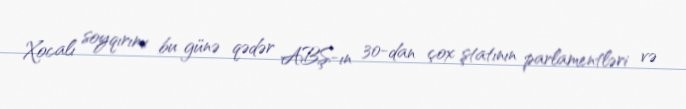
Xocalı soyqırımı bu günə qədər ABŞ-ın 30-dan çox ştatının parlamentləri və